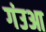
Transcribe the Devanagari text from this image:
गंउआ